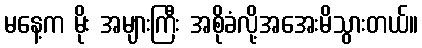
မနေ့က မိုး အများကြီး အစိုခံလို့အအေးမိသွားတယ်။